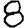
Digit: 8